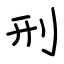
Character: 刑